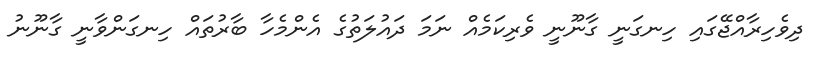
ދިވެހިރާއްޖޭގައި ހިނގަނީ ގާނޫނީ ވެރިކަމެއް ނަމަ ދައުލަތުގެ އެންމެހާ ބާރުތައް ހިނގަންވާނީ ގާނޫނު